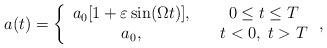
LaTeX: \begin{align*}a(t)=\left\{\begin{array}{cc}a_{0}[1+\varepsilon \sin (\Omega t)], & \quad 0\leq t\leq T \\a_{0}, & \quad t<0,\;t>T\end{array}\right. , \end{align*}